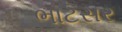
ભાટસર